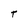
Character: t